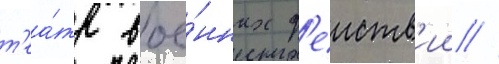
т'еа́тр вое́нных д'еиств'ии //